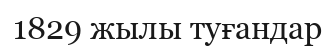
1829 жылы туғандар